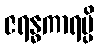
ဇရန္ဓကာရမ္ပိ